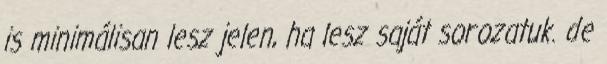
is minimálisan lesz jelen, ha lesz saját sorozatuk. de